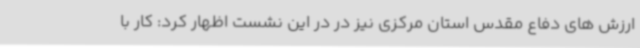
ارزش های دفاع مقدس استان مرکزی نیز در در این نشست اظهار کرد: کار با